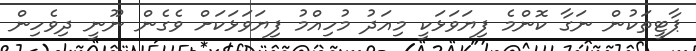
ޕާޓީތަކުން ނަގާ ކޮންމެ ފިޔަވަޅަކީ މިއަދު މުހިއްމު ފިޔަވަޅަކަށް ވެގެން ނޫނީ ދިވެހިން